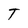
Character: T